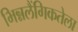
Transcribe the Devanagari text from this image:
भिन्नलैंगिकतेला